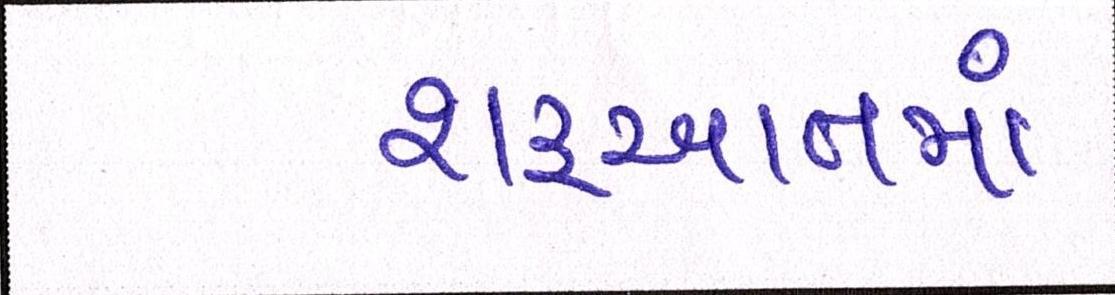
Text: શરૂઆતમાં